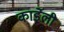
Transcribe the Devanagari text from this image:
कार्डेली